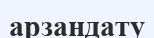
арзандату